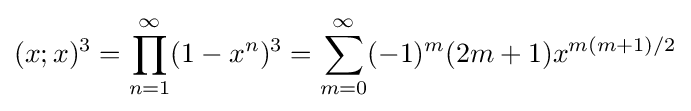
(x;x)^{3}=\prod _{n=1}^{\infty }(1-x^{n})^{3}=\sum _{m=0}^{\infty }(-1)^{m}(2m+1)x^{m(m+1)/2}